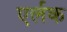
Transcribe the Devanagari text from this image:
एर्लक